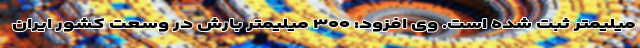
میلیمتر ثبت شده است. وی افزود: ۳۰۰ میلیمتر بارش در وسعت کشور ایران